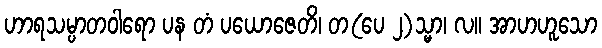
ဟာရသမ္ပာတဝါရော ပန တံ ပယောဇေတိ၊ တ(ပေ ၂)သ္မာ၊ လ။ အာဟဟူသော